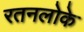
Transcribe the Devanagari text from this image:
रतनलोके